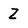
Character: Z